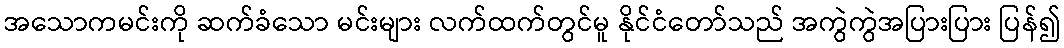
အသောကမင်းကို ဆက်ခံသော မင်းများ လက်ထက်တွင်မူ နိုင်ငံတော်သည် အကွဲကွဲအပြားပြား ပြန်၍